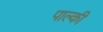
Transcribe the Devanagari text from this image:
पाल्की